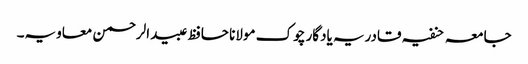
جامعہ حنفیہ قادریہ یادگار چوک مولانا حافظ عبیدالرحمن معاویہ۔